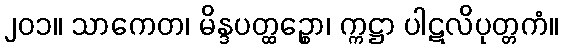
၂၀၁။ သာကေတ၊ မိန္ဒပတ္ထဉ္စော၊ က္ကဋ္ဌာ ပါဋလိပုတ္တကံ။